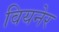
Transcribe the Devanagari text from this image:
वियनेर